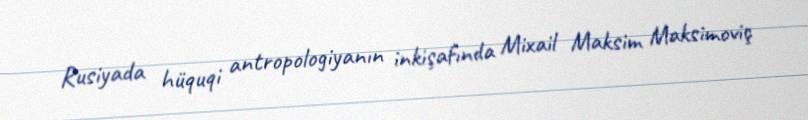
Rusiyada hüquqi antropologiyanın inkişafında Mixail Maksim Maksimoviç